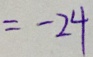
= - 2 4